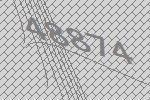
48874